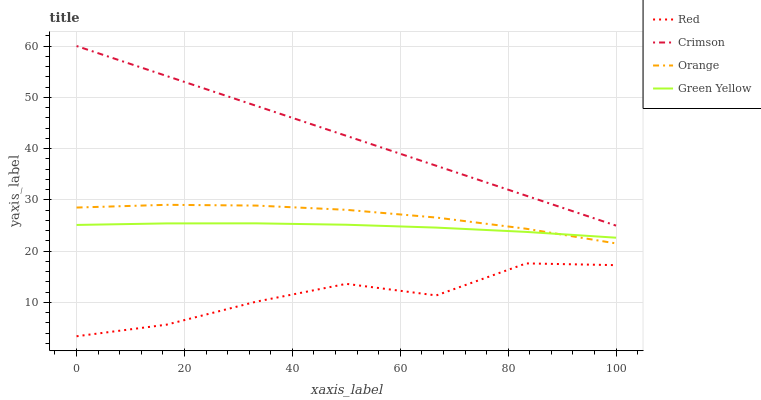
| xaxis_label | Red | Crimson | Orange | Green Yellow |
 | --- | --- | --- | --- | --- |
 | 0 | 3.41 | 60 | 28.5 | 25.1 |
 | 16.7 | 5.66 | 54.2 | 29 | 25.4 |
 | 33.3 | 10.2 | 48.3 | 28.9 | 25.4 |
 | 50 | 13.6 | 42.5 | 28.1 | 25.2 |
 | 66.7 | 11.4 | 36.7 | 26.6 | 24.6 |
 | 83.3 | 17.6 | 30.8 | 24.4 | 23.8 |
 | 100 | 17.3 | 25 | 21.5 | 22.6 |